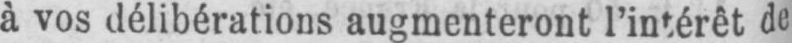
à vos délibérations augmenteront l’intérêt de